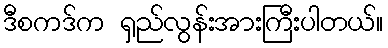
ဒီစကဒ်က ရှည်လွန်းအားကြီးပါတယ်။